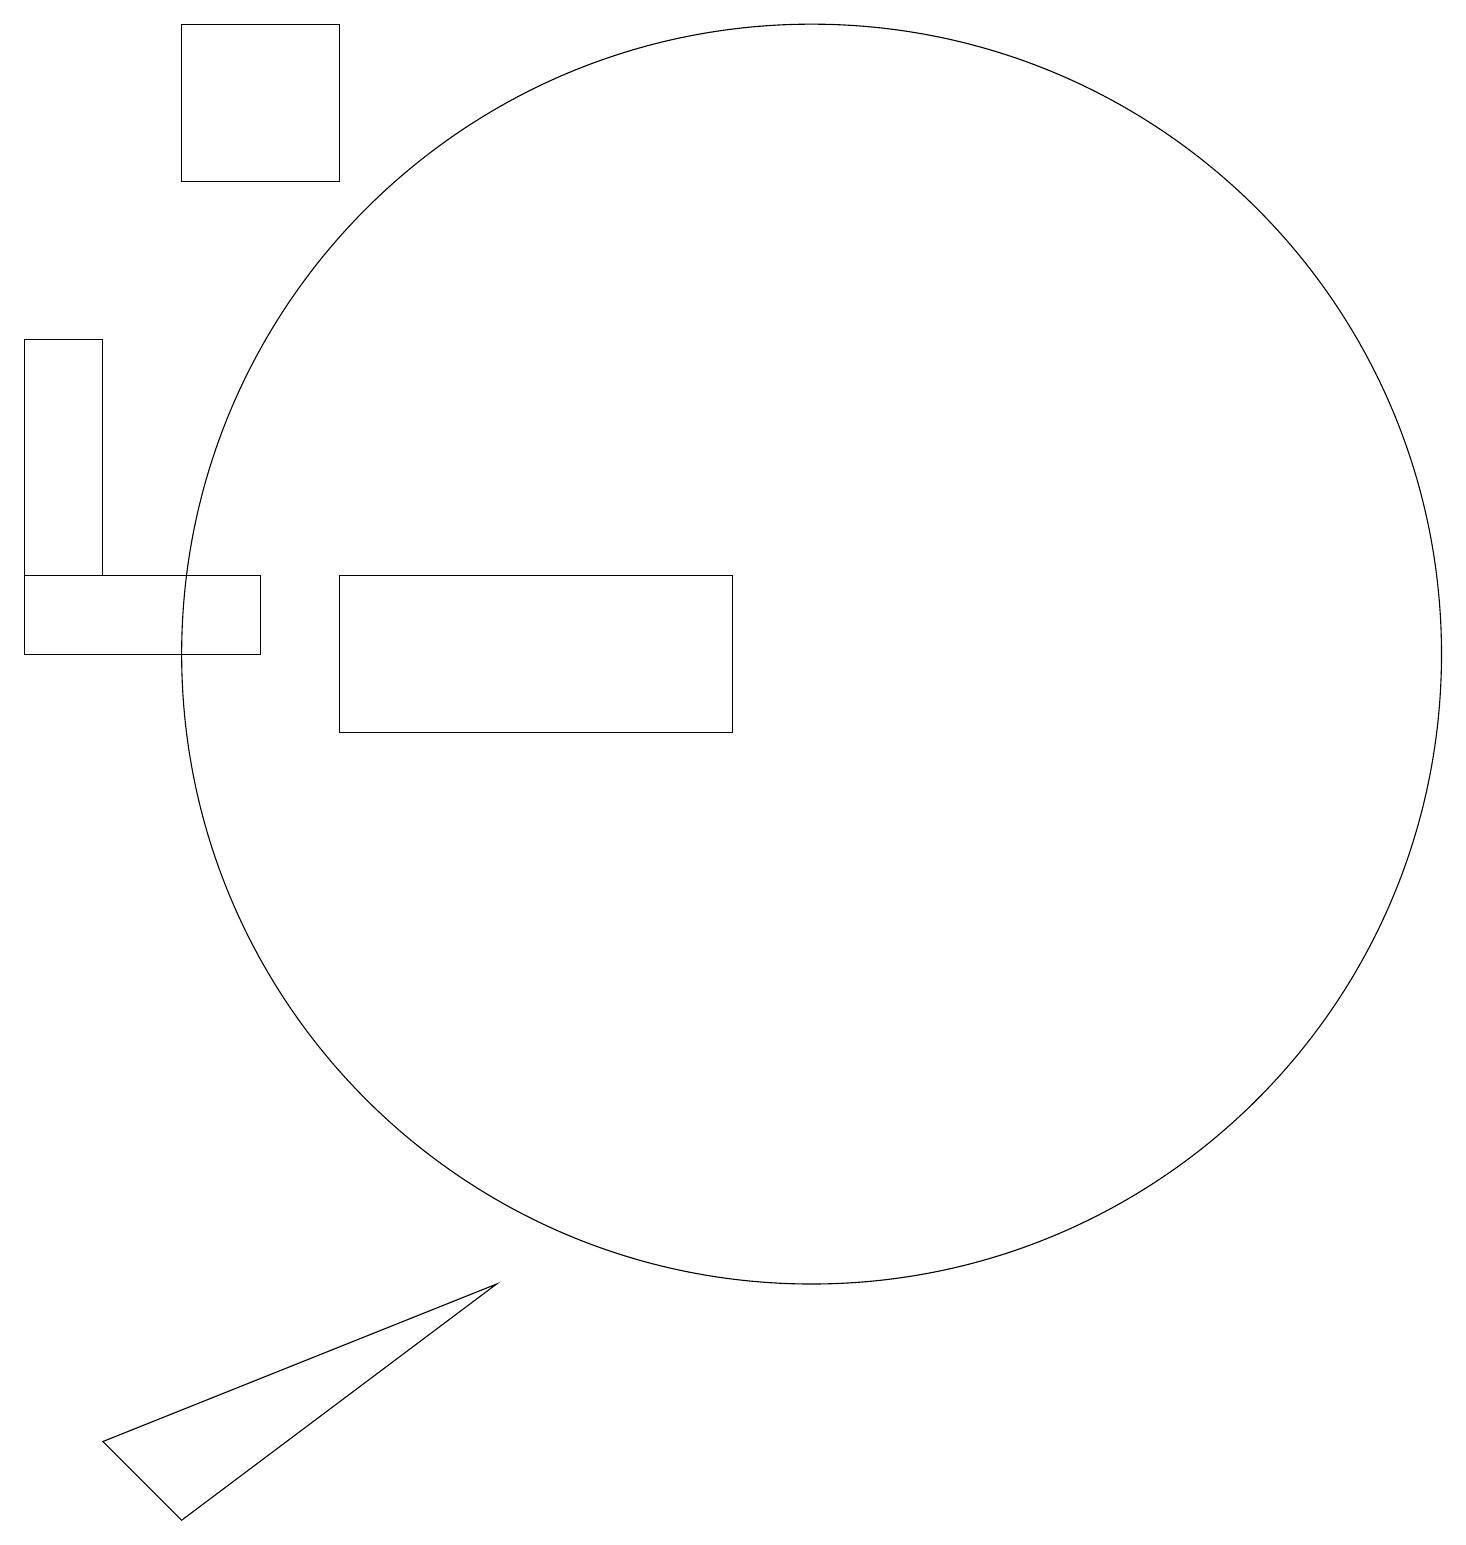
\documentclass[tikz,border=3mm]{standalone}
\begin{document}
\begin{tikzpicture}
\draw (4,19) rectangle (2,17);
\draw (0,11) rectangle (3,12);
\draw (6,3) -- (1,1) -- (2,0) -- cycle;
\draw (1,12) rectangle (0,15);
\draw (9,12) rectangle (4,10);
\draw (10,11) circle (8);
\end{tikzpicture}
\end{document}